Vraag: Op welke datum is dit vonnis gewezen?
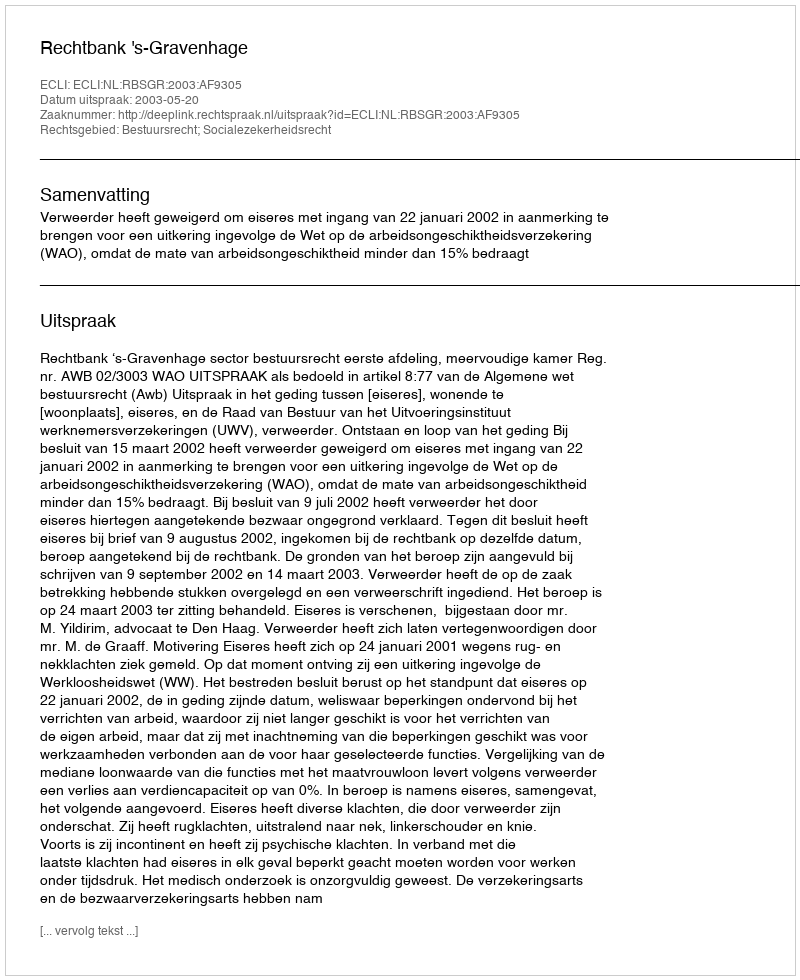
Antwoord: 2003-05-20